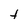
Character: t